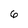
Character: 6